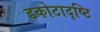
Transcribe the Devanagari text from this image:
डकोटादृष्टि